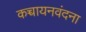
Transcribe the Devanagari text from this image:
कच्चायनवंदना